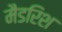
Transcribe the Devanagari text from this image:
मैडरिश